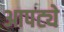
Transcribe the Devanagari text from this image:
आपट्ये